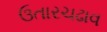
ઉતારચઢાવ